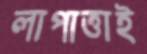
লাপাত্তাই